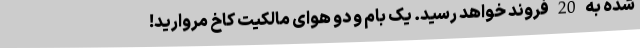
شده به 20 فروند خواهد رسید. یک بام و دو هوای مالکیت کاخ مروارید!